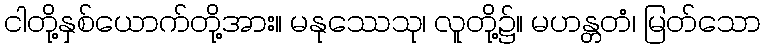
ငါတို့နှစ်ယောက်တို့အား။ မနုဿေသု၊ လူတို့၌။ မဟန္တတံ၊ မြတ်သော